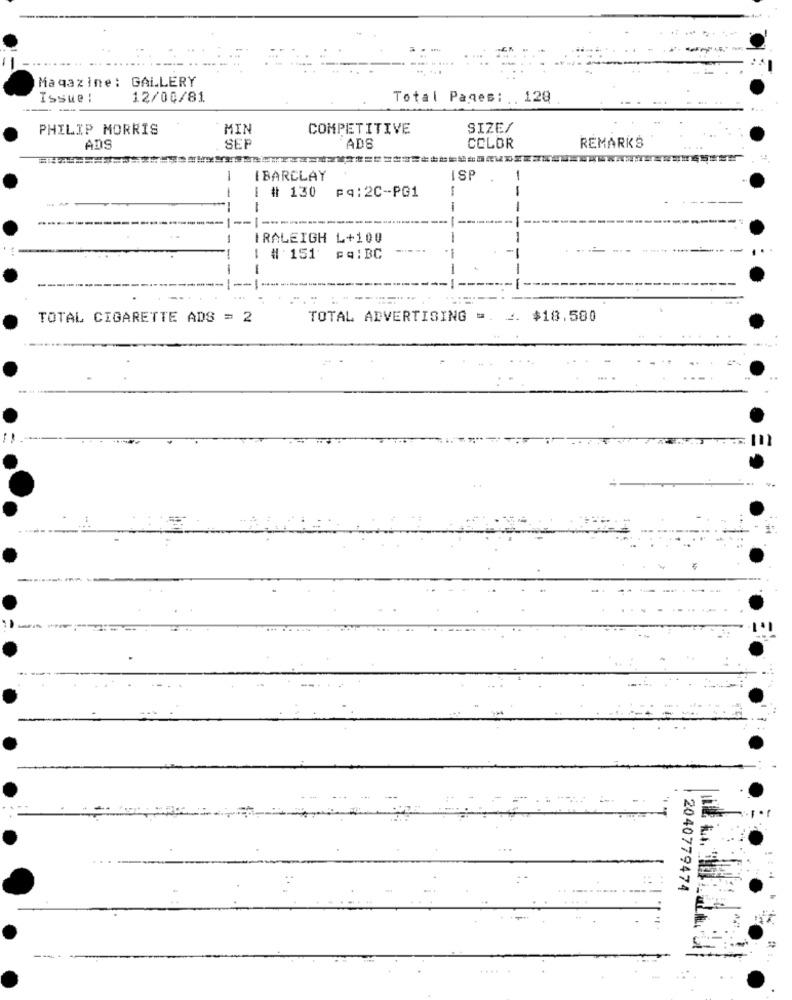
Magazine: GALLERY
Issue :
12/00/81
Total Pages: . 128
PHILIP MORRIS
MIN
COMPETITIVE
SIZE/
COLOR
REMARKS
ADS
SEP
ADS
-
IBARCLAY
ISP
-
1
--
-
[ # 130 pq:2C-PG1
-
-
----
---------
--
-----
--
-
-
RALEIGH L+100
-1
# 151
pq:BC
-
---
--
TOTAL CIGARETTE ADS = 2
TOTAL ADVERTISING =. .. $18.580
.. :
2040779474
.....